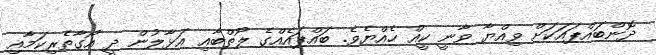
ދޮންބައްޕައަކަށް ވިއްޔާ ވާނީ ކީއް ހެއްޔެވެ. ބައްޕައެއްގެ ލޯތްބާއި އަޅާލުން ދީ އޯގާތެރިކަމާއި